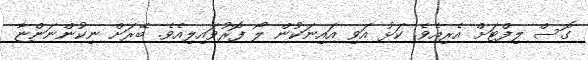
ގޮސް ލިފްޓަށް އެރިއެވެ. ކަޅު އަވި އައިނަކުން ލޯ ފޮރުވައިލިއެވެ. ބޭރަށް ނިކުންނަންޏާ